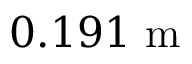
0 . 1 9 1 \mathrm { ~ m ~ }